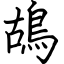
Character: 鴣